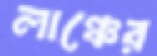
লাঞ্চের